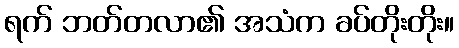
ရက် ဘတ်တလာ၏ အသံက ခပ်တိုးတိုး။